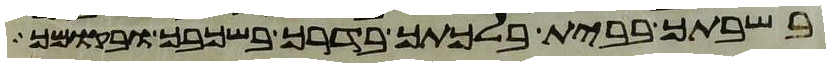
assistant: בשבתך בבית בלכתך בדרך בשכבך ובקומך